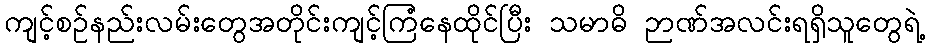
ကျင့်စဉ်နည်းလမ်းတွေအတိုင်းကျင့်ကြံနေထိုင်ပြီး သမာဓိ ဉာဏ်အလင်းရရှိသူတွေရဲ့